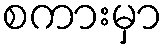
စကားမှာ